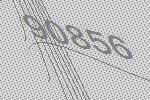
90856